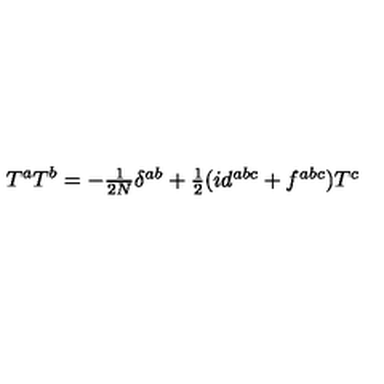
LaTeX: T ^ { a } T ^ { b } = - \textstyle { \frac { 1 } { 2 N } } \delta ^ { a b } + \textstyle { \frac { 1 } { 2 } } ( i d ^ { a b c } + f ^ { a b c } ) T ^ { c }